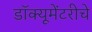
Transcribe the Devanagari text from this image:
डॉक्यूमेंटरीचे